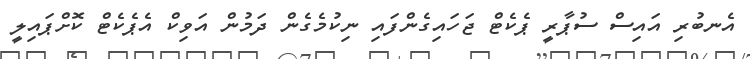
އެނބުރި އައިސް ސުޕާރީ ޕެކެޓް ޖަހައިގެންފައި ނިކުމެގެން ދަމުން އަވިކް އެޕެކެޓް ކޮށްޕައިލީ